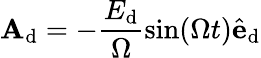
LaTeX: \mathbf{A}_{\textrm{d}}=-\frac{E_{\textrm{d}}}{\Omega}\sin(\Omega t)\hat{\mathbf{e}}_{\textrm{d}}